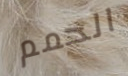
الحمم